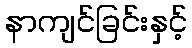
နာကျင်ခြင်းနှင့်